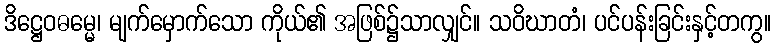
ဒိဋ္ဌေဝဓမ္မေ၊ မျက်မှောက်သော ကိုယ်၏ အဖြစ်၌သာလျှင်။ သဝိဃာတံ၊ ပင်ပန်းခြင်းနှင့်တကွ။